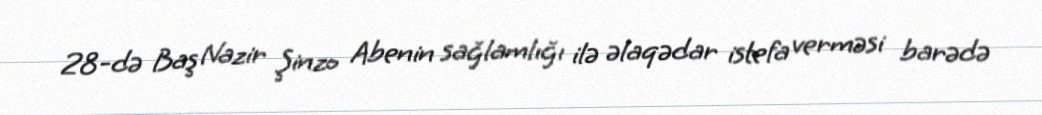
28-də Baş Nazir Şinzo Abenin sağlamlığı ilə əlaqədar istefa verməsi barədə